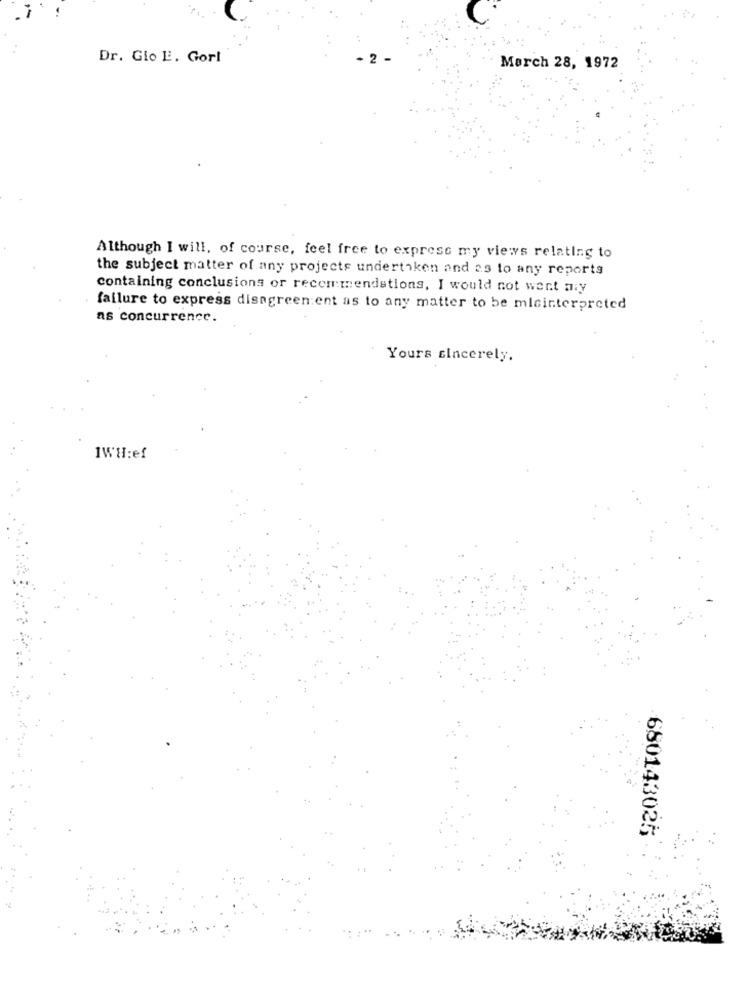
Dr. Gio E. Gorl
2
March 28, 1972
Although I will, of course, feel free to express my views relating to
the subject matter of any projects undertiken and as to any reports
containing conclusions or recommendations, I would not went ary
failure to express disagreen ent as to any matter to be misinterpreted
as concurrence.
Yours sincerely.
IWH:ef
680143025